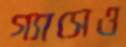
গ্যাসেও